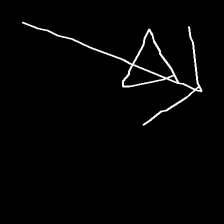
Glyph: pull